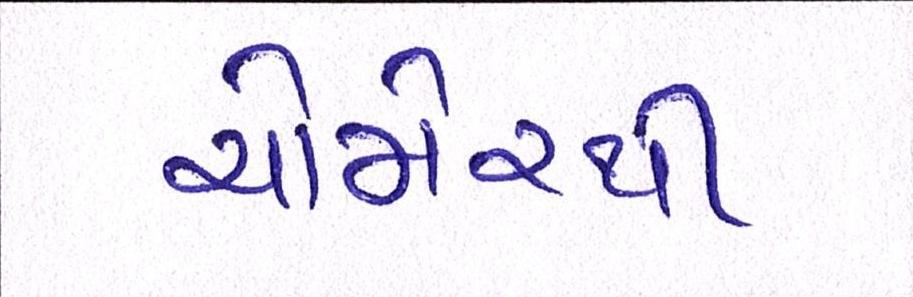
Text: ચોમેરથી